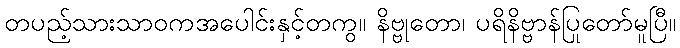
တပည့်သားသာဝကအပေါင်းနှင့်တကွ။ နိဗ္ဗုတော၊ ပရိနိဗ္ဗာန်ပြုတော်မူပြီ။